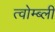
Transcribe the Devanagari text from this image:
त्वोम्ब्ली